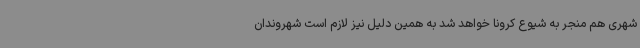
شهری هم منجر به شیوع کرونا خواهد شد به همین دلیل نیز لازم است شهروندان